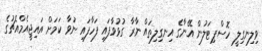
ވިލިނގިލީ ހޮސްޕިޓަލުން އޭނާގެ އިނގިލިތައް ނާރާ ގުޅުވާފައި ފަހާފައި ނުވާ ކަމަށް އައިޖީއެމްއެޗުގެ